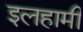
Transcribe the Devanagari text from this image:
इलहामी